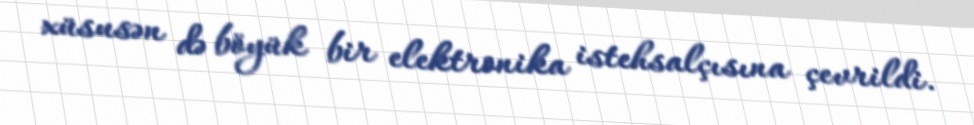
xüsusən də böyük bir elektronika istehsalçısına çevrildi.